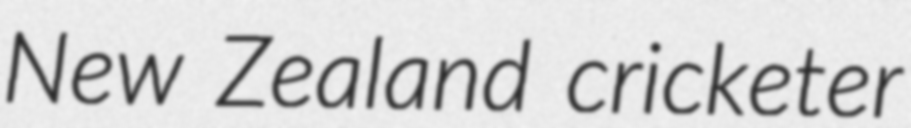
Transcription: New Zealand cricketer